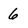
Character: 6